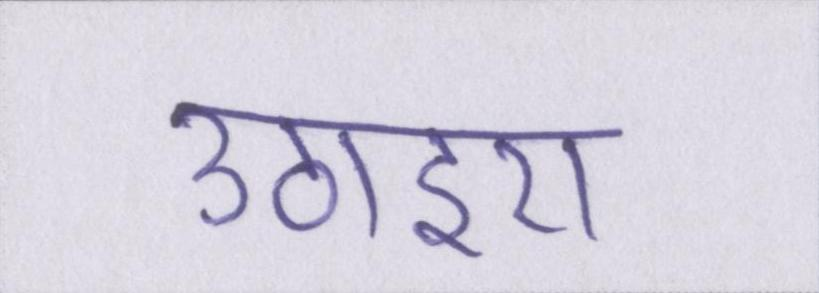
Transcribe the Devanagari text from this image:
उठाइए